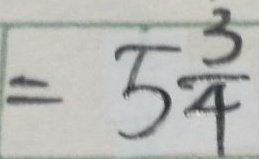
= 5 \frac { 3 } { 4 }